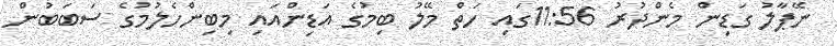
ނޭޕާލު ގަޑިން މެންދުރު 11:56ގައި ހަތް މޭލު ބިމުގެ އަޑިންއައި މިބިންހެލުމުގެ ސަބަބުން